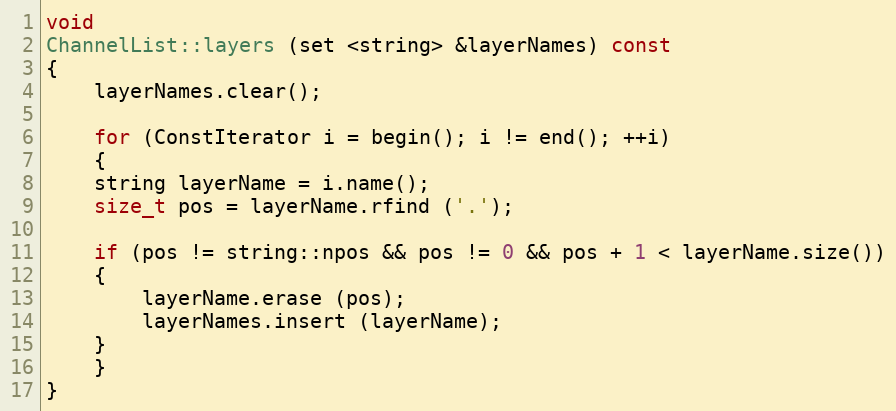
Language: C++
void
ChannelList::layers (set <string> &layerNames) const
{
    layerNames.clear();

    for (ConstIterator i = begin(); i != end(); ++i)
    {
	string layerName = i.name();
	size_t pos = layerName.rfind ('.');

	if (pos != string::npos && pos != 0 && pos + 1 < layerName.size())
	{
	    layerName.erase (pos);
	    layerNames.insert (layerName);
	}
    }
}